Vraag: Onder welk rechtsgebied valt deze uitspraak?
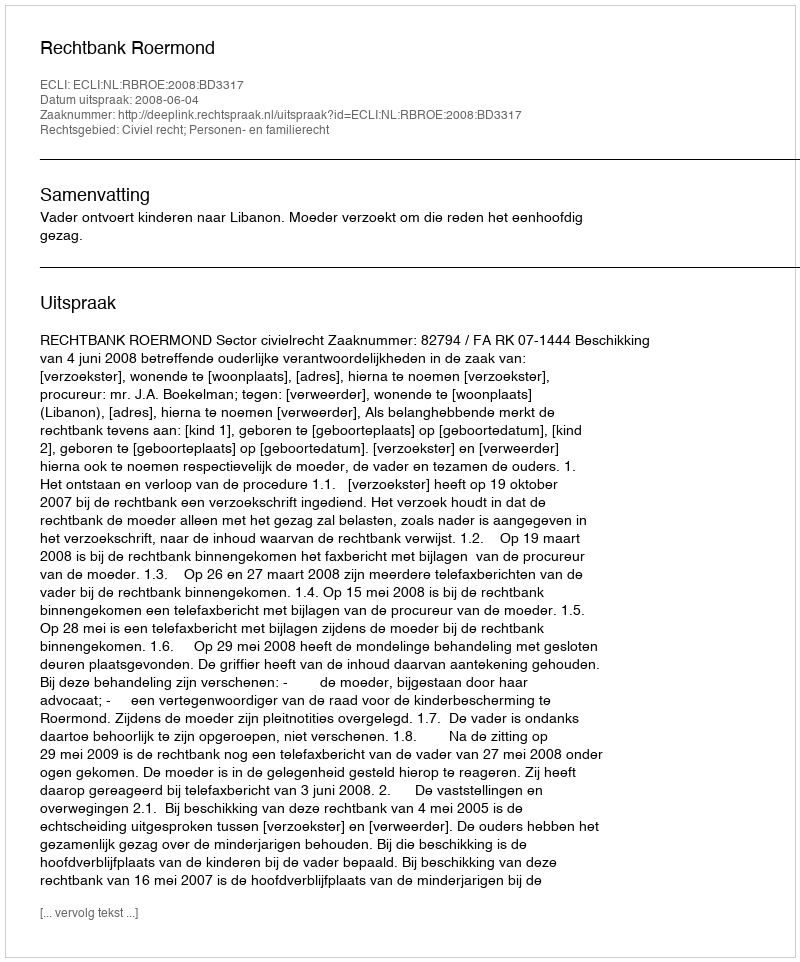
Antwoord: Civiel recht; Personen- en familierecht